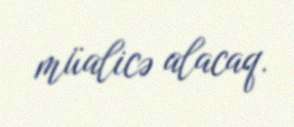
müalicə alacaq.